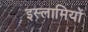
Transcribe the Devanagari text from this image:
इस्लामियों